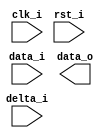
`timescale 1ns / 1ps
//////////////////////////////////////////////////////////////////////////////////
//////////////////////////////////////////////////////////////////////////////////


module delay #(
    parameter WIDTH = 16,
    parameter DELAY_WIDTH = 8
    )(
    input wire [WIDTH-1:0] data_i,
    input wire [DELAY_WIDTH-1:0] delta_i,
    input wire clk_i,
    input wire rst_i,
    
    output wire [WIDTH-1:0] data_o
    );
    
    
    
endmodule